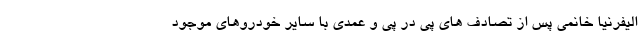
الیفرنیا خانمی پس از تصادف ‌های پی در پی و عمدی با سایر خودروهای موجود